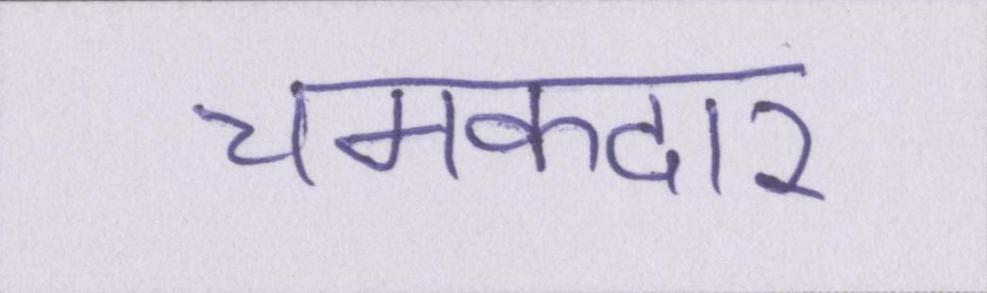
चमकदार